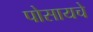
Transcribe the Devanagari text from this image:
पोसायचे